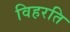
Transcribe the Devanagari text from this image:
विहरति